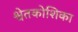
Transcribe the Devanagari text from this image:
श्वेतकोशिका